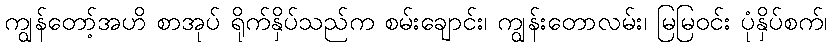
ကျွန်တော့်အဟိ စာအုပ် ရိုက်နှိပ်သည်က စမ်းချောင်း၊ ကျွန်းတောလမ်း၊ မြမြဝင်း ပုံနှိပ်စက်၊